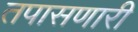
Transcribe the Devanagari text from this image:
तपासणारी